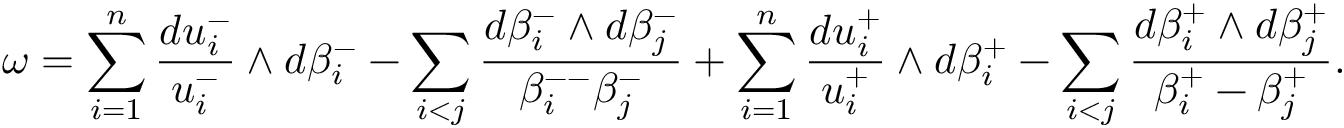
\omega = \sum _ { i = 1 } ^ { n } \frac { d u _ { i } ^ { - } } { u _ { i } ^ { - } } \wedge d \beta _ { i } ^ { - } - \sum _ { i < j } \frac { d \beta _ { i } ^ { - } \wedge d \beta _ { j } ^ { - } } { \beta _ { i } ^ { -- } \beta _ { j } ^ { - } } + \sum _ { i = 1 } ^ { n } \frac { d u _ { i } ^ { + } } { u _ { i } ^ { + } } \wedge d \beta _ { i } ^ { + } - \sum _ { i < j } \frac { d \beta _ { i } ^ { + } \wedge d \beta _ { j } ^ { + } } { \beta _ { i } ^ { + } - \beta _ { j } ^ { + } } .